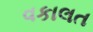
વકાલત